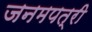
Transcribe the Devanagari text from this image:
जनमपत्री